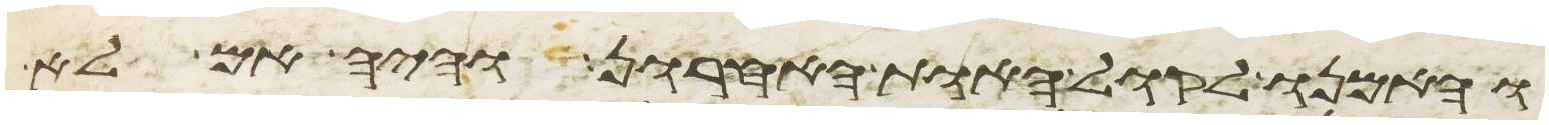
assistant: והאמנו לקול האות האחרון והיה אם לא